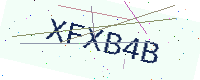
Text: XFXB4B